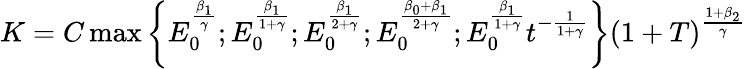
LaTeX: \begin{array}{r}{K=C\operatorname*{max}\left\{ E_{0}^{\frac{\beta_{1}}{\gamma}};E_{0}^{\frac{\beta_{1}}{1+\gamma}};E_{0}^{\frac{\beta_{1}}{2+\gamma}};E_{0}^{\frac{\beta_{0}+\beta_{1}}{2+\gamma}};E_{0}^{\frac{\beta_{1}}{1+\gamma}}t^{-\frac{1}{1+\gamma}}\right\} \left(1+T\right)^{\frac{1+\beta_{2}}{\gamma}}}\end{array}